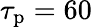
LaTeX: \tau_{\mathrm{p}}=60